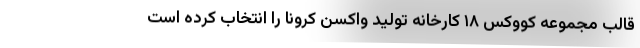
قالب مجموعه کووکس ۱۸ کارخانه تولید واکسن کرونا را انتخاب کرده است